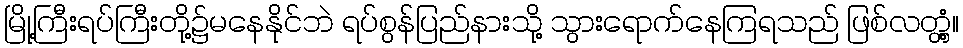
မြို့ကြီးရပ်ကြီးတို့၌မနေနိုင်ဘဲ ရပ်စွန်ပြည်နားသို့ သွားရောက်နေကြရသည် ဖြစ်လတ္တံ့။